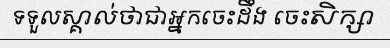
ទទួលស្គាល់ថាជាអ្នកចេះដឹង ចេះសិក្សា